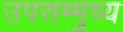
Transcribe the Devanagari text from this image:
उपसम्मुच्य